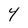
Character: Y